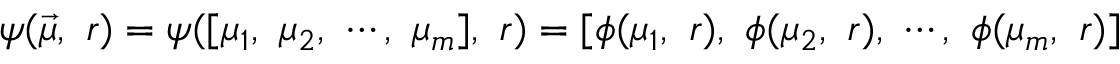
\psi ( \vec { \mu } , \ r ) = \psi ( [ \mu _ { 1 } , \ \mu _ { 2 } , \ \cdots , \ \mu _ { m } ] , \ r ) = [ \phi ( \mu _ { 1 } , \ r ) , \ \phi ( \mu _ { 2 } , \ r ) , \ \cdots , \ \phi ( \mu _ { m } , \ r ) ]